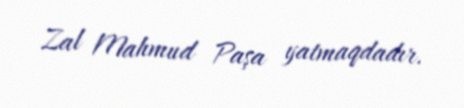
Zal Mahmud Paşa yatmaqdadır.